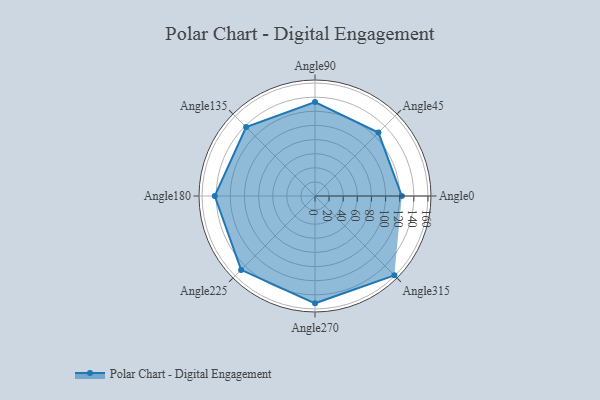
{"axis": {"x": "Angle", "y": "Radius"}, "legend": [""], "data": [{"x": "Angle0", "y": 123.0, "type": ""}, {"x": "Angle45", "y": 127.0, "type": ""}, {"x": "Angle90", "y": 133.0, "type": ""}, {"x": "Angle135", "y": 138.0, "type": ""}, {"x": "Angle180", "y": 142.0, "type": ""}, {"x": "Angle225", "y": 148.0, "type": ""}, {"x": "Angle270", "y": 152.0, "type": ""}, {"x": "Angle315", "y": 159.0, "type": ""}]}